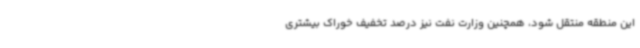
این منطقه منتقل شود، همچنین وزارت نفت نیز درصد تخفیف خوراک بیشتری